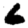
Digit: 6